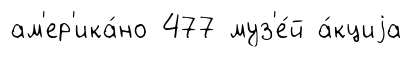
ам'ер'ика́но 477 муз'е́й а́кциjа